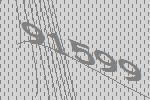
91599